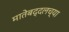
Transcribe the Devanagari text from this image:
मातेबद्दलच्या